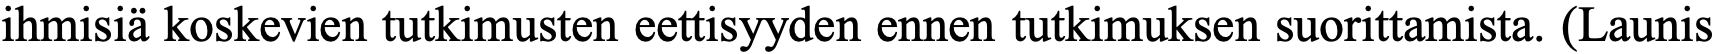
ihmisiä koskevien tutkimusten eettisyyden ennen tutkimuksen suorittamista. (Launis